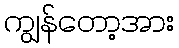
ကျွန်တော့အား